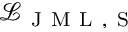
\mathcal { L } _ { \mathrm { ~ J ~ M ~ L ~ , ~ S ~ } }